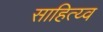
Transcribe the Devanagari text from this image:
साहित्य्व